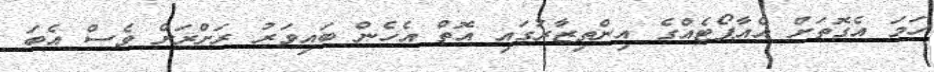
ހަމަ އެގޮތަށް އެއާޕޯޓެއްގެ އިންތިޒާރުގައި އޮތް އެހެން ބައިވަރު ރަށްރަށް ވެސް އެބަ